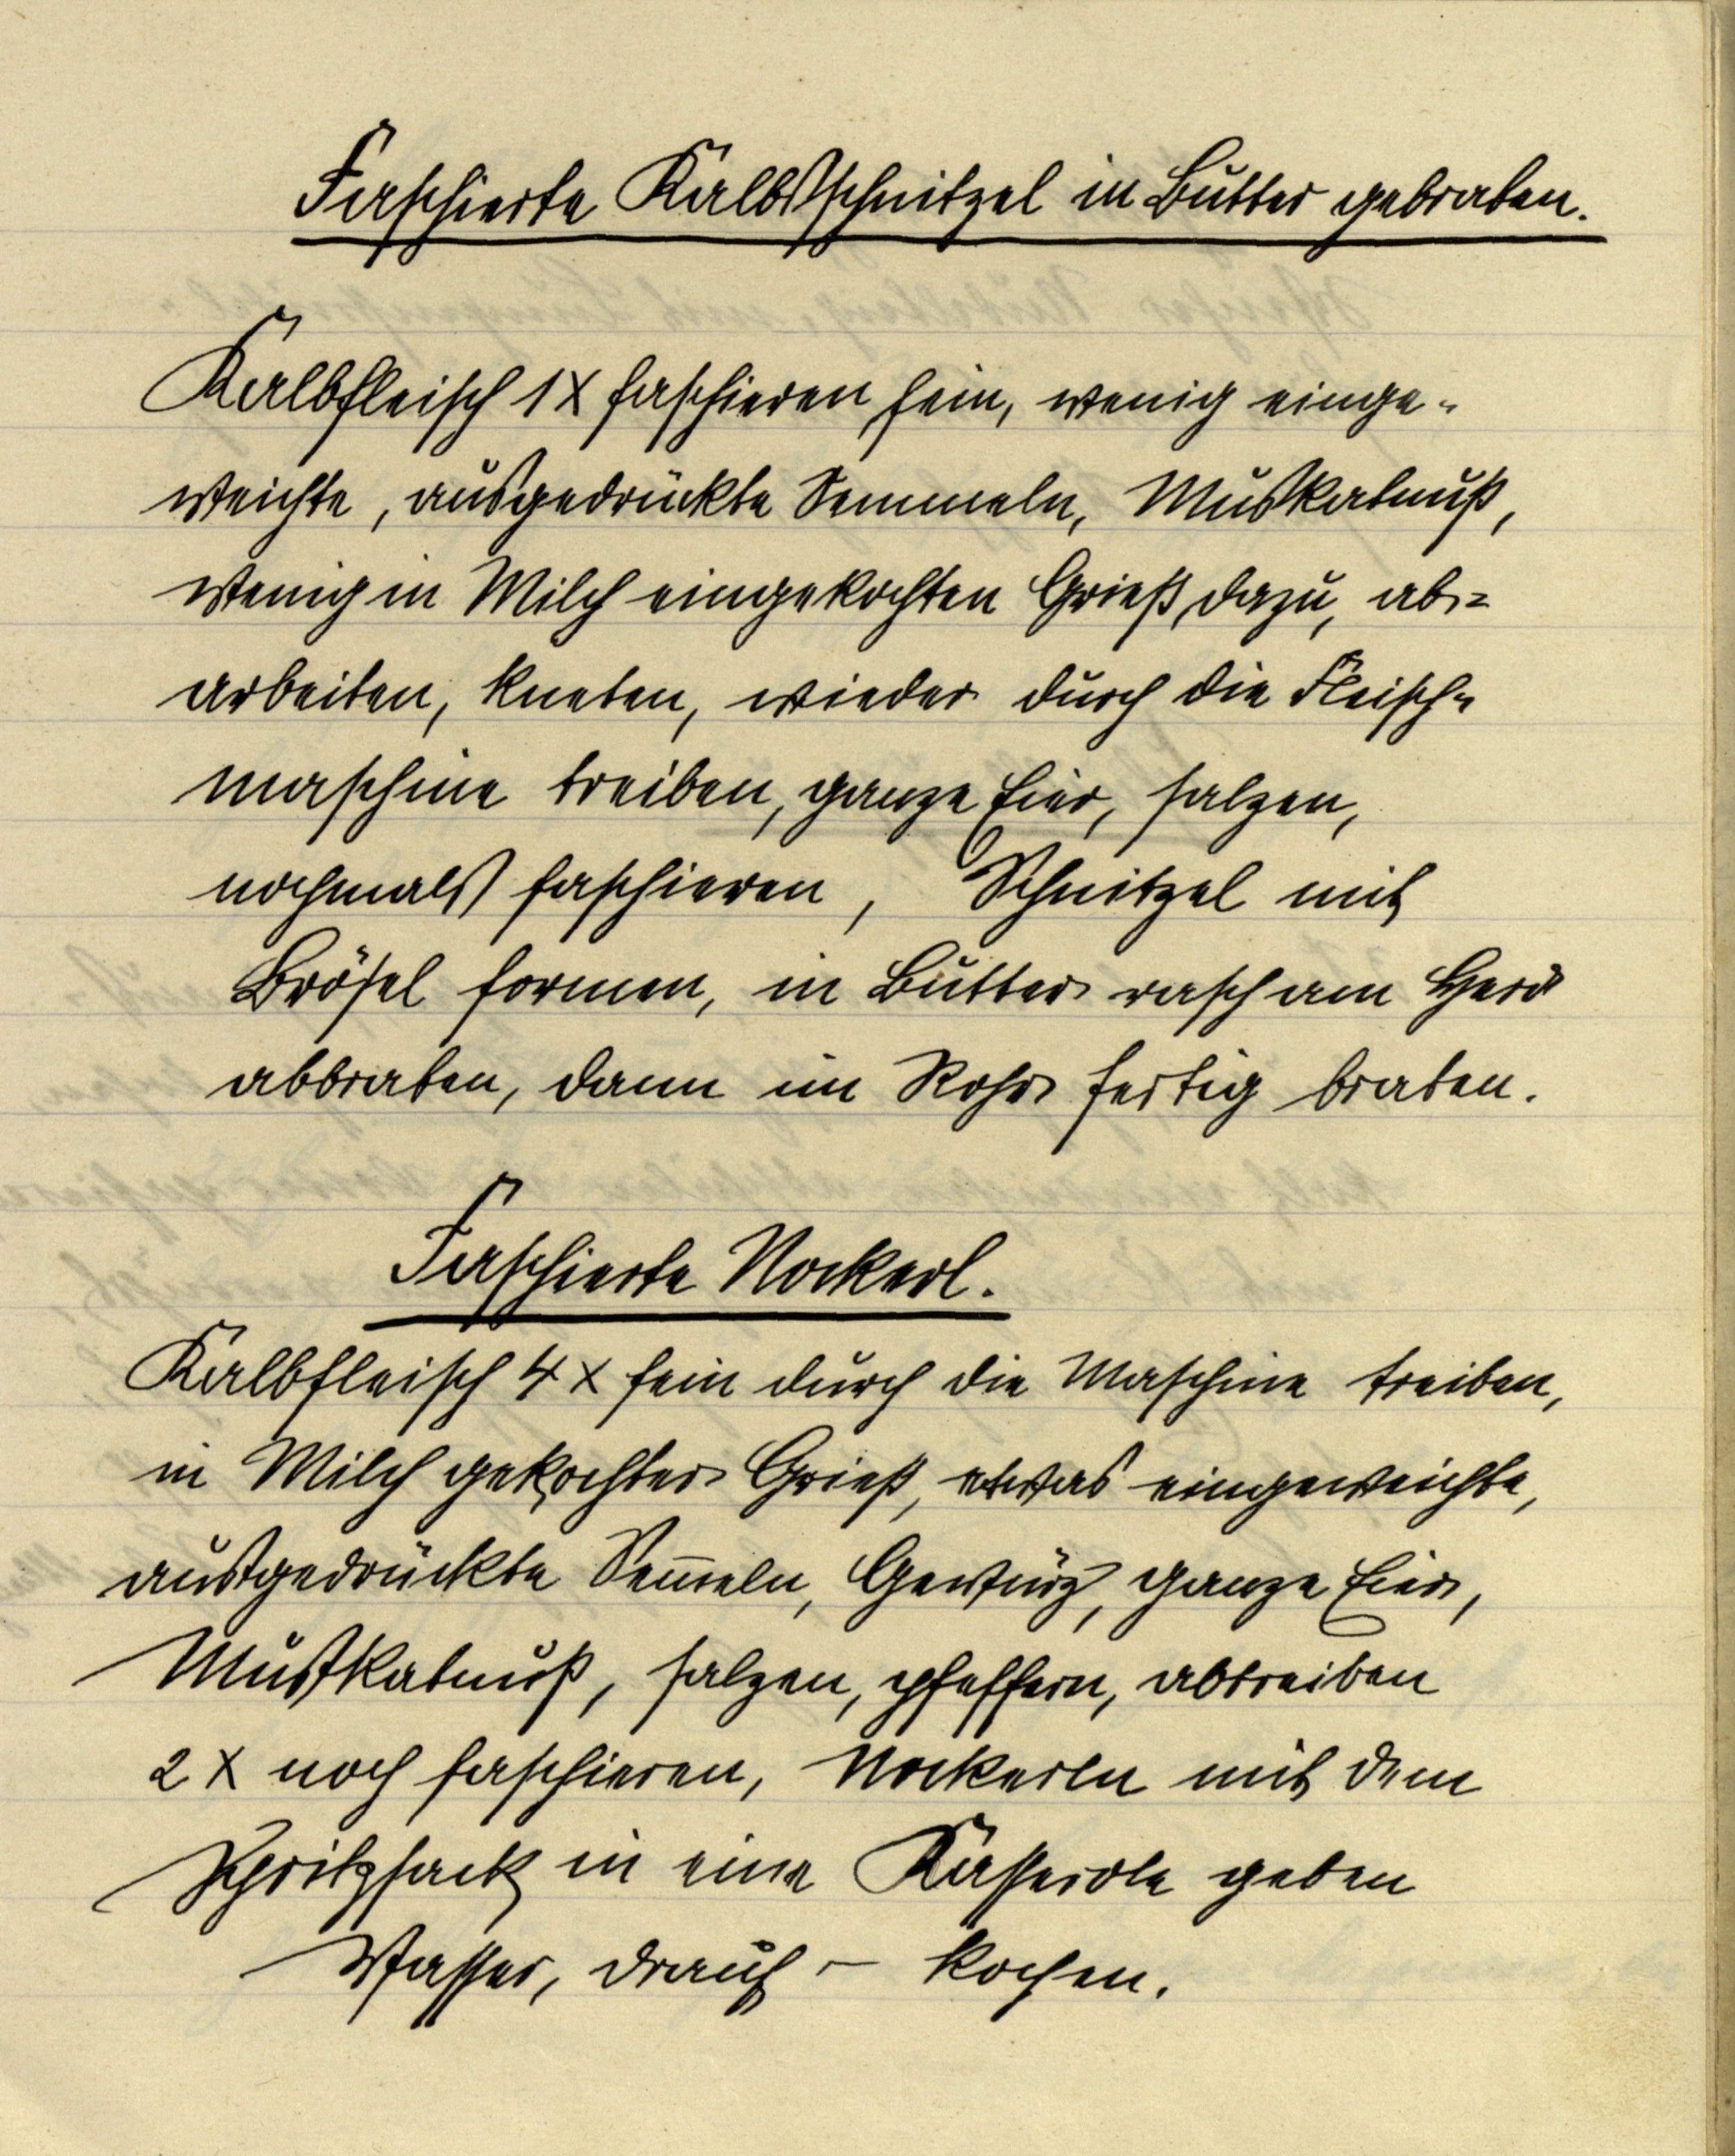
Faschierte Kalbsschnitzel in Butter gebraten.
Kalbfleisch 1x faschieren, fein, wenig einge¬
weichte, ausgedrückte Semmeln, Muskatnuß,
wenig in Milch eingekochten Grieß dazu, ab¬
arbeiten, kneten, wieder durch die Fleisch¬
maschine treiben, ganze Eier, salzen,
nochmals faschieren, Schnitzel mit
Brösel formen, in Butter rasch am Herd
abbraten, dann im Rohr fertig braten.

Faschierte Nockerl.
Kalbfleisch 4x fein durch die Maschine treiben,
in Milch gekochter Grieß, etwas eingeweichte
ausgedrückte Semmeln, Gewürz, ganze Eier,
Mußkatnuß, salzen, pfeffern, abtreiben
2x noch faschieren, Nockerln mit dem
Spritzsack in eine Kasserole geben
Wasser, drauf — kochen.